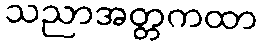
သညာအတ္တကထာ